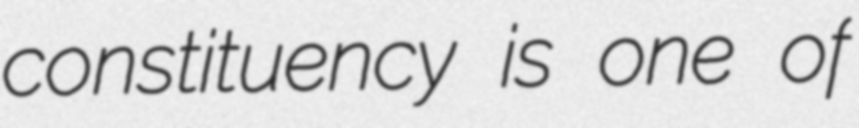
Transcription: constituency is one of